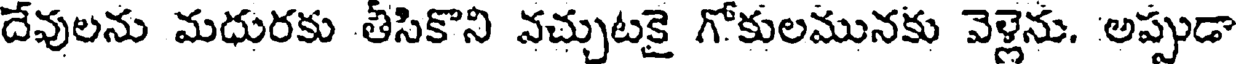
దేవులను మధురకు తీసికొని వచ్చుటకై గోకులమునకు వెళ్లెను. అప్పుడా